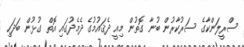
ސްރީލަންކާގެ ސަރުކާރުން ބުނާ ގޮތުން މިއީ ދެޤައުމުގެ ދެމެދުގައި އޮތް ގުޅުން ބަދަހި